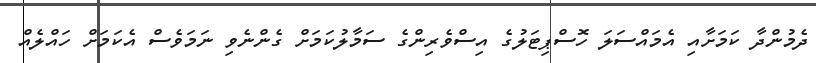
ދެމުންދާ ކަމަށާއި އެމައްސަލަ ހޮސްޕިޓަލުގެ އިސްވެރިންގެ ސަމާލުކަމަށް ގެންނެވި ނަމަވެސް އެކަމަށް ހައްލެއް